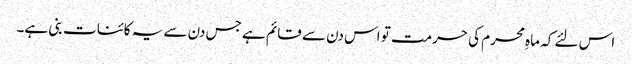
اس لئے کہ ماہِ محرم کی حرمت تو اس دن سے قائم ہے جس دن سے یہ کائنات بنی ہے۔